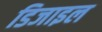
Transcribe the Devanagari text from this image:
डिजाइल